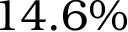
1 4 . 6 \%